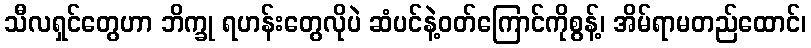
သီလရှင်တွေဟာ ဘိက္ခု ရဟန်းတွေလိုပဲ ဆံပင်နဲ့ဝတ်ကြောင်ကိုစွန့်၊ အိမ်ရာမတည်ထောင်၊